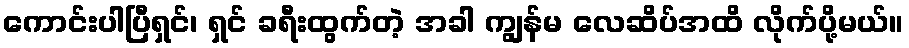
ကောင်းပါပြီရှင်၊ ရှင် ခရီးထွက်တဲ့ အခါ ကျွန်မ လေဆိပ်အထိ လိုက်ပို့မယ်။